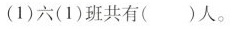
(1)六(1)班共有()人。